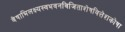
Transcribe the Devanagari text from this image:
वेषाभिलक्ष्यस्वभवनविजिताशेषवित्तेशकोषा